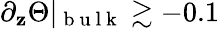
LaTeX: \partial_{\mathbf{z}}\Theta\vert_{\mathrm{{~b~u~l~k~}}}\gtrsim-0.1